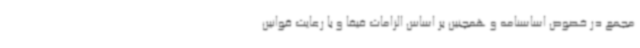
مجمع در خصوص اساسنامه و همچنین بر اساس الزامات فیفا و با رعایت قوانین